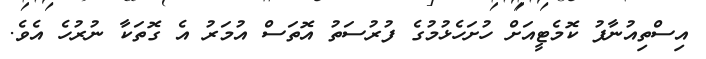
އިސްތިއުނާފު ކޮމެޓީއަށް ހުށަހެޅުމުގެ ފުރުސަތު އޮތަސް އުމަރު އެ ގޮތަކާ ނުރުހެ އެވެ.